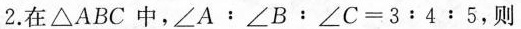
2.在△ABC中，$$∠ A ﹔ ∠ B ﹔ ∠ C = 3 ﹔ 4 ﹔ 5$$，则